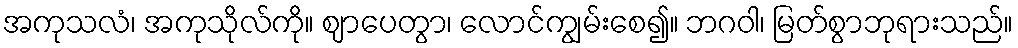
အကုသလံ၊ အကုသိုလ်ကို။ ဈာပေတွာ၊ လောင်ကျွမ်းစေ၍။ ဘဂဝါ၊ မြတ်စွာဘုရားသည်။